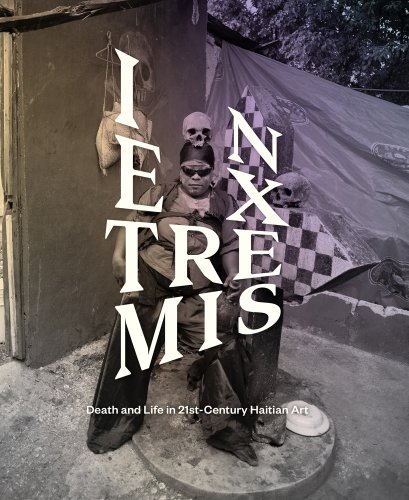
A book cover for In Extremis: Death and Life in 21st-Century Haitian Art; Religion & Spirituality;